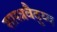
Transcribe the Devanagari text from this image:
शास्त्रवैदुय्य